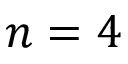
n = 4